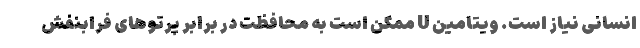
انسانی نیاز است. ویتامین U ممکن است به محافظت در برابر پرتوهای فرابنفش